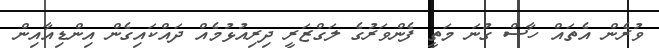
ވުރެން އެތައް ހާސް ގުނަ މަތީ ފެންވަރުގެ ލަގްޒަރީ ދިރިއުޅުމެއް ދައްކައިގެން އިންޑިއާއިން